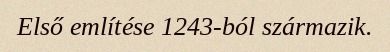
Első említése 1243-ból származik.